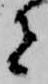
者